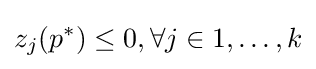
z_{j}(p^{*})\leq 0,\forall j\in 1,\dots ,k